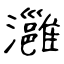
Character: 灉